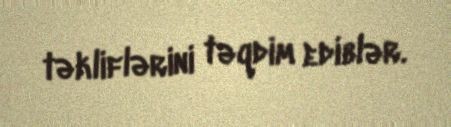
təkliflərini təqdim ediblər.